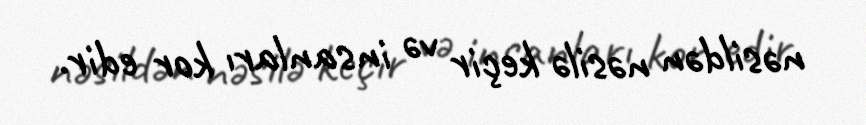
nəsildən nəsilə keçir və insanları kor edir.